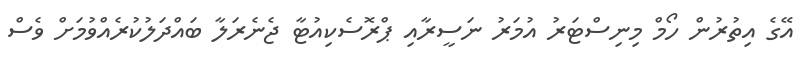
އޭގެ އިތުރުން ހޯމް މިނިސްޓަރު އުމަރު ނަސީރާއި ޕްރޮސެކިއުޓާ ޖެނެރަލާ ބައްދަލުކުރެއްވުމަށް ވެސް